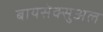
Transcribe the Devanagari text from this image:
बायसेक्सुअल